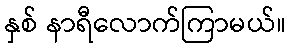
နှစ် နာရီလောက်ကြာမယ်။